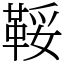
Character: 鞖